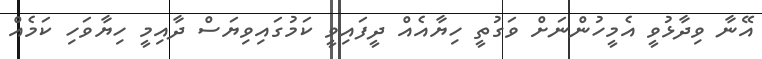
އޭނާ ވިދާޅުވީ އެމީހުންނަށް ވަގުތީ ހިޔާއެއް ދީފައިވީ ކަމުގައިވިޔަސް ދާއިމީ ހިޔާވަހި ކަމެއް